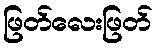
ဖြတ်လေးဖြတ်